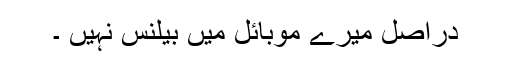
دراصل میرے موبائل میں بیلنس نہیں ۔